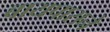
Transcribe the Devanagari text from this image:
बायपासने